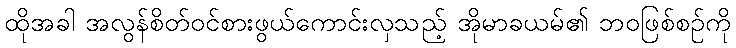
ထိုအခါ အလွန်စိတ်ဝင်စားဖွယ်ကောင်းလှသည့် အိုမာခယမ်၏ ဘဝဖြစ်စဉ်ကို